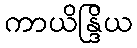
ကာယိန္ဒြိယ